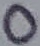
Text: 0